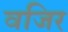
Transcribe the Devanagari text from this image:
वजिर